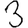
Digit: 3